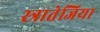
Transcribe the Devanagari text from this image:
स्त्रातेजिया